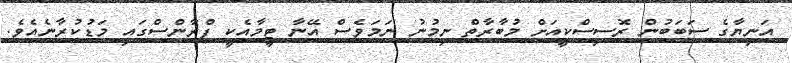
އަނިޔާގެ ސަބަބުން ރޮސިސްކީއަށް މުބާރާތް ނިމުނު ނަމަވެސް އޭނާ ޓީމާއެކީ ފްރާންސްގައި މަޑުކުރާނެއެވެ.